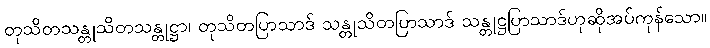
တုသိတသန္တုသိတသန္တုဋ္ဌာ၊ တုသိတပြာသာဒ် သန္တုသိတပြာသာဒ် သန္တုဋ္ဌပြာသာဒ်ဟုဆိုအပ်ကုန်သော။